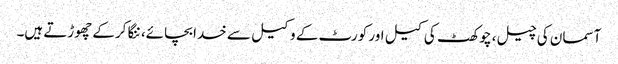
آسمان کی چیل، چوکھٹ کی کیل اور کورٹ کے وکیل سے خدا بچائے، ننگا کرکے چھوڑتے ہیں۔